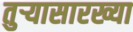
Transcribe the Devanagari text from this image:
तुर्‍यासारख्या